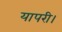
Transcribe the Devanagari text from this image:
यापरी।